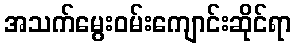
အသက်မွေးဝမ်းကျောင်းဆိုင်ရာ